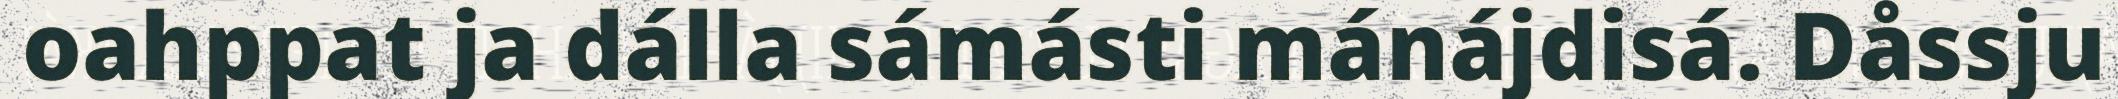
oahppat ja dálla sámásti mánájdisá. Dåssju